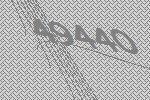
49440